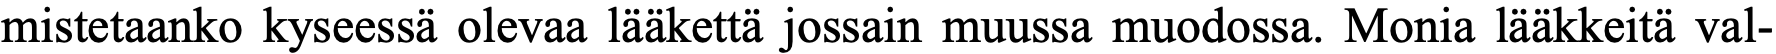
mistetaanko kyseessä olevaa lääkettä jossain muussa muodossa. Monia lääkkeitä val-